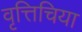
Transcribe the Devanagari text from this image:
वृत्तिचिया